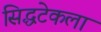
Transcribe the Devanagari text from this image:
सिद्धटेकला